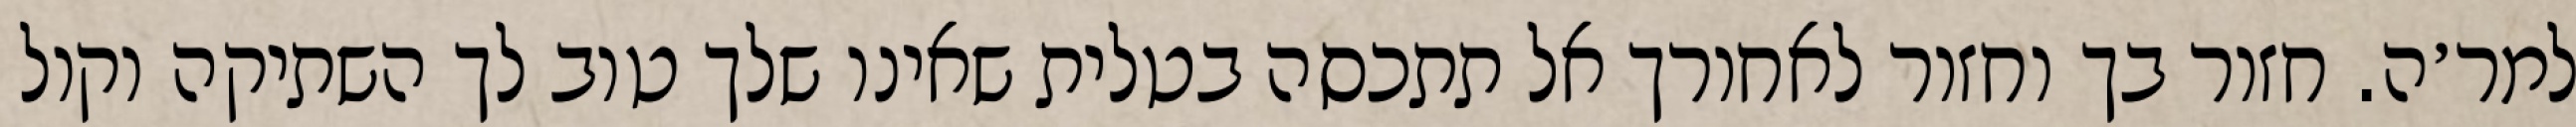
למר׳ה. חזור בך וחזור לאחורך אל תתכסה בטלית שאינו שלך טוב לך השתיקה וקול